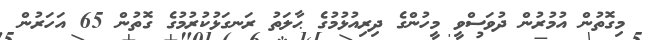
މިގޮތުން އުމުރުން ދުވަސްވީ މީހުންގެ ދިރިއުޅުމުގެ ޙާލަތު ރަނގަޅުކުރުމުގެ ގޮތުން 65 އަހަރުން